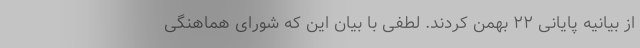
از بیانیه پایانی ۲۲ بهمن کردند. لطفی با بیان این که شورای هماهنگی